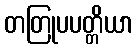
တတြုပပတ္တိယာ